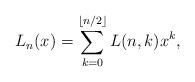
LaTeX: \begin{align*} L_n(x) = \sum_{k=0}^{\lfloor n /2 \rfloor} L(n,k) x^{k},\end{align*}